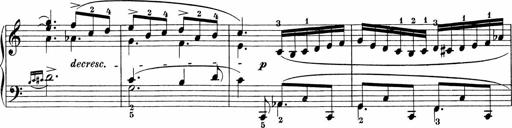
Title: Sonatinen Op.47, 98 und 136, nebst 6 Liedersonatinen
Composer: Carl Reinecke